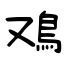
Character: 鳮